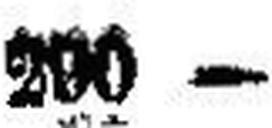
290 —